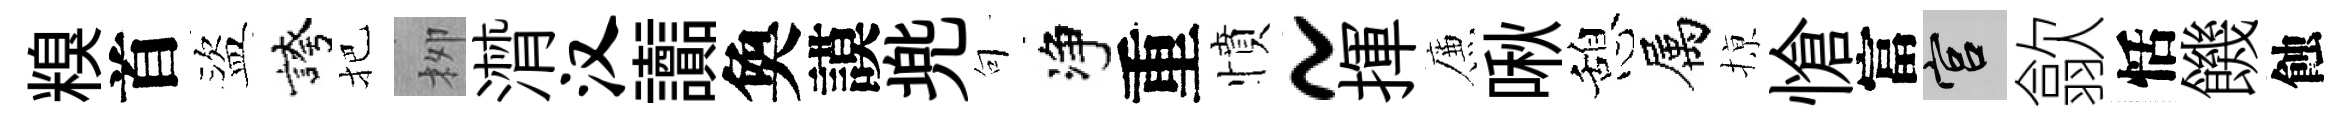
糗首盜誇把栁潸汉讟奐謨兠句净重憤~揮簾啾憩属𢱊愴富宫歙恬饑蝕